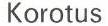
Korotus